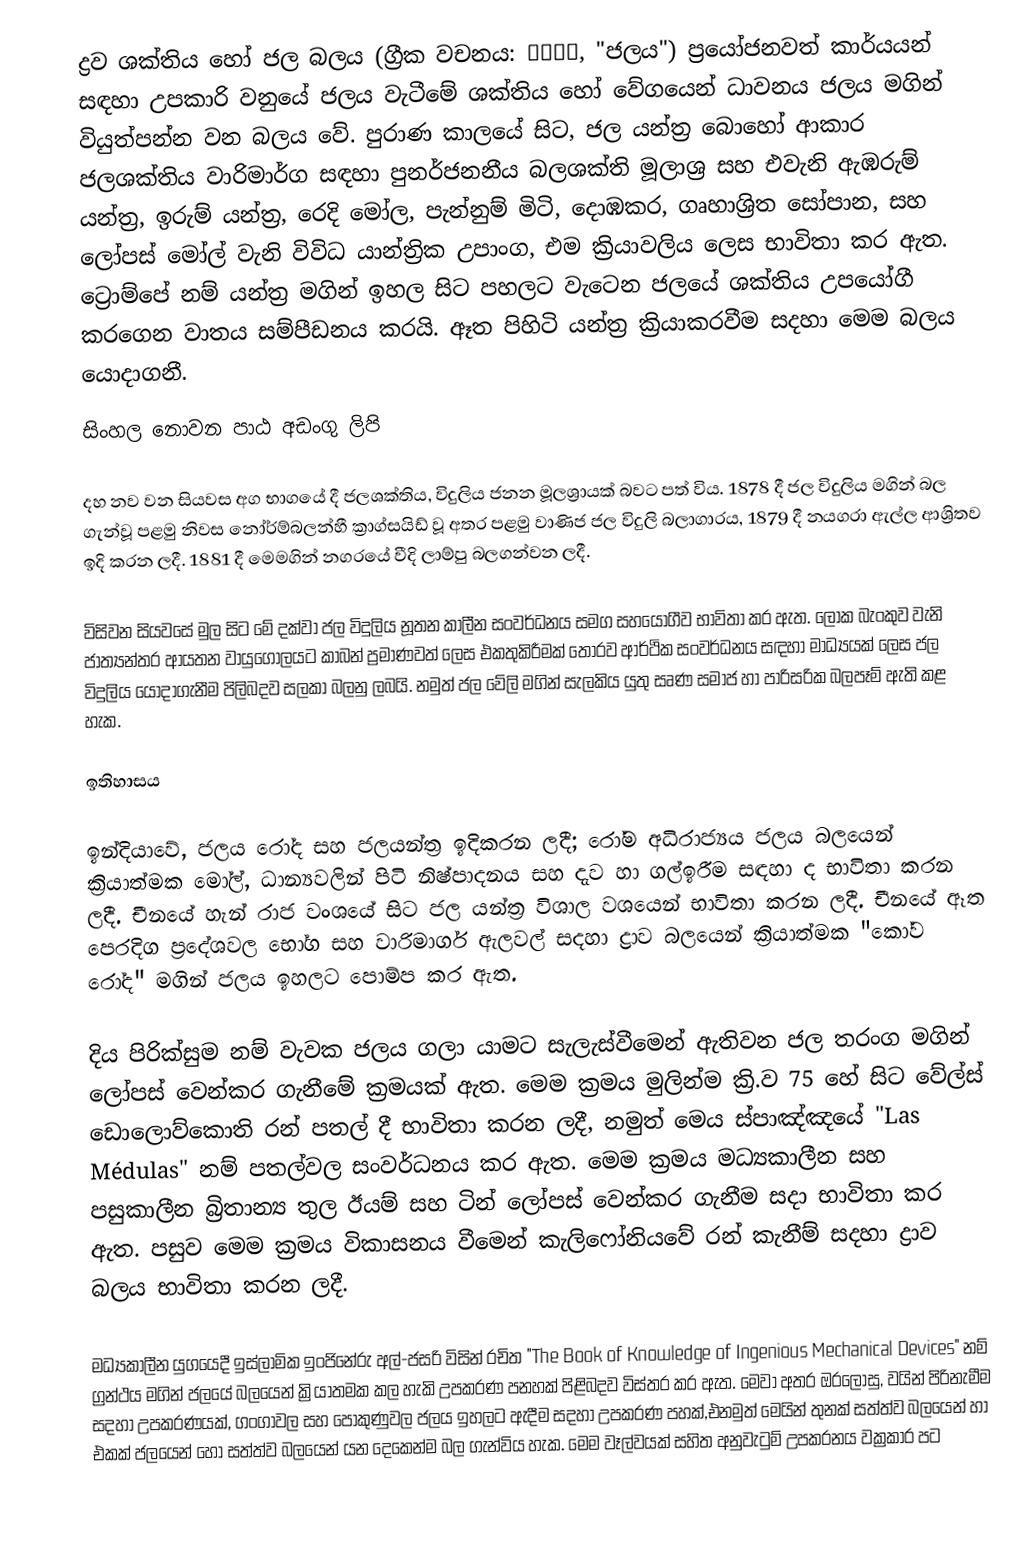
ද්‍රව ශක්තිය හෝ ජල බලය (ග්‍රීක වචනය: ύδωρ, "ජලය") ප්‍රයෝජනවත් කාර්යයන් සඳහා උපකාරි වනුයේ ජලය වැටීමේ ශක්තිය හෝ වේගයෙන් ධාවනය ජලය මගින් වියුත්පන්න වන බලය වේ. පුරාණ කාලයේ සිට, ජල යන්ත්‍ර බොහෝ ආකාර ජලශක්තිය  වාරිමාර්ග සඳහා පුනර්ජනනීය බලශක්ති මූලාශ්‍ර සහ එවැනි ඇඹරුම් යන්ත්‍ර, ඉරුම් යන්ත්‍ර, රෙදි මෝල, පැන්නුම් මිටි, දොඹකර, ගෘහාශ්‍රිත සෝපාන, සහ ලෝපස් මෝල් වැනි විවිධ යාන්ත්‍රික උපාංග, එම ක්‍රියාවලිය ලෙස භාවිතා කර ඇත.  ට්‍රොම්පේ  නම් යන්ත්‍ර මගින් ඉහල සිට පහලට වැටෙන ජලයේ ශක්තිය උපයෝගී කරගෙන වාතය සම්පීඩනය කරයි. ඈත පිහිටි යන්ත්‍ර ක්‍රියාකරවීම සදහා මෙම බලය යොදාගනී.  
සිංහල නොවන පාඨ අඩංගු ලිපි

දහ නව වන සියවස අග භාගයේ දී ජලශක්තිය, විදුලිය ජනන මූලශ්‍රායක් බවට පත් විය. 1878 දී ජල විදුලිය මගින් බල ගැන්වූ පළමු නිවස නෝර්ම්බලන්හී ක්‍රාග්සයිඩ් වූ අතර පළමු වාණිජ ජල විදුලි බලාගාරය, 1879 දී නයගරා ඇල්ල ආශ්‍රිතව ඉදි කරන ලදී. 1881 දී මෙමගින් නගරයේ වීදි ලාම්පු බලගන්වන ලදී.

විසිවන සියවසේ මුල සිට මේ දක්වා ජල විදුලිය නූතන කාලීන සංවර්ධනය සමග සහයෝගීව භාවිතා කර ඇත. ලෝක බැංකුව වැනි ජාත්‍යන්තර ආයතන වායුගෝලයට කාබන් ප්‍රමාණවත් ලෙස එකතුකිරීමක් තොරව ආර්ථික සංවර්ධනය සඳහා මාධ්‍යයක් ලෙස ජල විදුලිය යොදාගැනීම පිලිබදව සලකා බලනු ලබයි. නමුත් ජල වේලි මගින් සැලකිය යුතු සෘණ සමාජ හා පාරිසරික බලපෑම් ඇති කළ හැක.

ඉතිහාසය

ඉන්දියාවේ, ජලය රෝද සහ ජලයන්ත්‍ර ඉදිකරන ලදී; රෝම අධිරාජ්‍යය ජලය බලයෙන් ක්‍රියාත්මක මෝල්, ධාන්‍යවලින් පිටි නිෂ්පාදනය සහ දැව හා ගල්ඉරීම සඳහා ද භාවිතා කරන ලදී. චීනයේ හැන් රාජ වංශයේ සිට ජල යන්ත්‍ර විශාල වශයෙන් භාවිතා කරන ලදී. චීනයේ ඈත පෙරදිග ප්‍රදේශවල භෝග සහ වාරිමාර්ග ඇලවල් සදහා ද්‍රාව බලයෙන් ක්‍රියාත්මක "කෝව රෝද" මගින් ජලය ඉහලට පොම්ප කර ඇත.

දිය පිරික්සුම නම් වැවක ජලය ගලා යාමට සැලැස්වීමෙන් ඇතිවන ජල තරංග මගින් ලෝපස් වෙන්කර ගැනීමේ ක්‍රමයක් ඇත. මෙම ක්‍රමය මුලින්ම ක්‍රි.ව 75 හේ සිට වේල්ස් ඩොලොව්කොති රන් පතල් දී භාවිතා කරන ලදී, නමුත් මෙය ස්පාඤ්ඤයේ "Las Médulas" නම් පතල්වල සංවර්ධනය කර ඇත. මෙම ක්‍රමය මධ්‍යකාලීන සහ පසුකාලීන බ්‍රිතාන්‍ය තුල ඊයම් සහ ටින් ලෝපස් වෙන්කර ගැනීම සදා භාවිතා කර ඇත. පසුව මෙම ක්‍රමය විකාසනය වීමෙන් කැලිෆෝනියවේ රන් කැනීම් සදහා ද්‍රාව බලය භාවිතා කරන ලදී.

මධ්‍යකාලීන යුගයෙදී ඉස්ලාමික ඉංජිනේරු අල්-ජසරි විසින් රචිත "The Book of Knowledge of Ingenious Mechanical Devices" නම්  ග්‍රන්ථය මගින් ජලයේ බලයෙන් ක්‍රියාතමක කල හැකි උපකරණ පනහක් පිළිබදව විස්තර කර ඇත. මෙවා අතර ඔරලෝසු, වයින් පිරිනැමීම සදහා උපකරණයක්, ගංගාවල සහ පොකුණුවල ජලය ඉහලට ඇදීම සදහා උපකරණ පහක්,එනමුත් මෙයින් තුනක් සත්ත්ව බලයෙන් හා එකක් ජලයෙන් හෝ සත්ත්ව බලයෙන් යන දෙකෙන්ම බල ගැන්විය හැක. මෙම  වෑල්වයක් සහිත අනුවැටුම් උපකරනය වක්‍රකාර පට